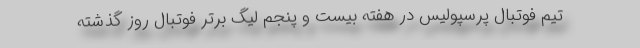
تیم فوتبال پرسپولیس در هفته بیست و پنجم لیگ برتر فوتبال روز گذشته